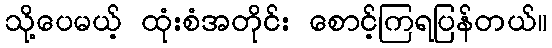
သို့ပေမယ့် ထုံးစံအတိုင်း စောင့်ကြရပြန်တယ်။